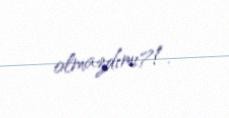
olmazdımı?!.